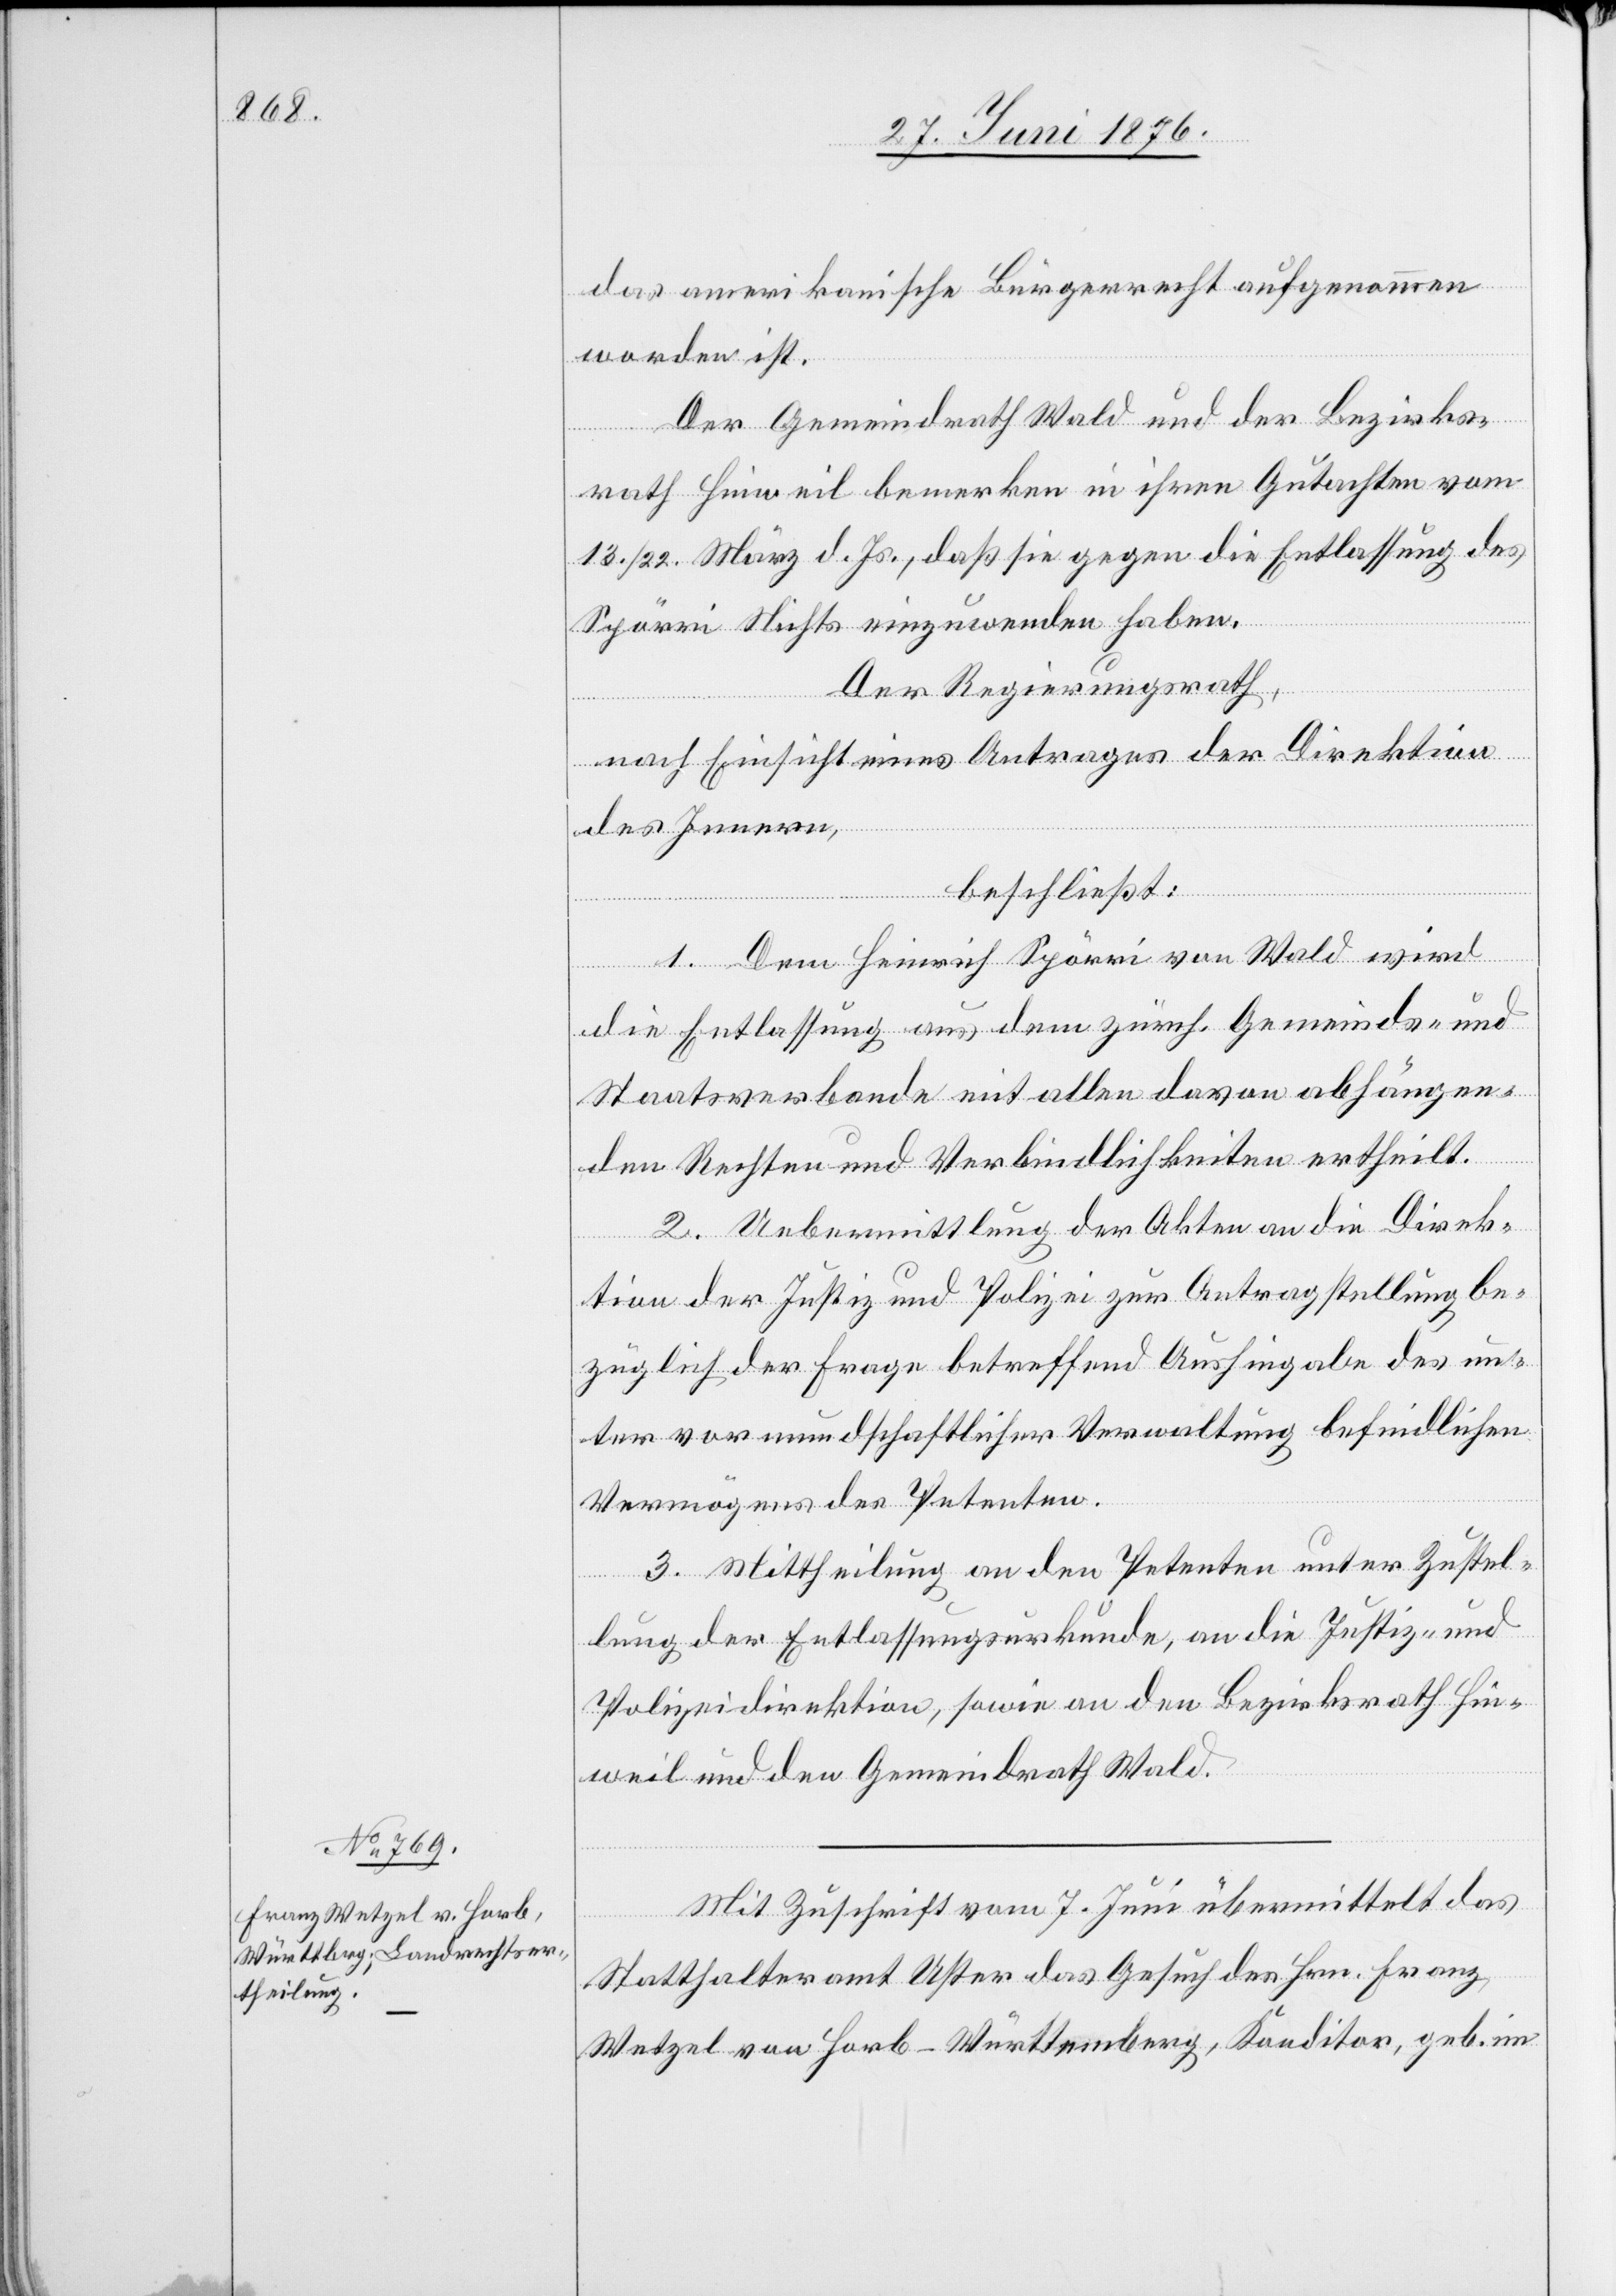
das amerikanische Bürgerrecht aufgenommen
worden ist.
Der Gemeindrath Wald und der Bezirks¬
rath Hinweil bemerken in ihren Gutachten vom
13./22. März d. Js., daß sie gegen die Entlassung des
Spörri Nichts einzuwenden haben.
Der Regierungsrath,
nach Einsicht eines Antrages der Direktion
des Innern,
beschließt:
1. Dem Heinrich Spörri von Wald wird
die Entlassung aus dem zürch. Gemeinds- und
Staatsverbande mit allen davon abhängen¬
den Rechten und Verbindlichkeiten ertheilt.
2. Uebermittlung der Akten an die Direk¬
tion der Justiz und Polizei zur Antragstellung be¬
züglich der Frage betreffend Aushingabe des un¬
ter vormundschaftlicher Verwaltung befindlichen
Vermögens des Petenten.
3. Mittheilung an den Petenten unter Zustel¬
lung der Entlassungsurkunde, an die Justiz- und
Polizeidirektion, sowie an den Bezirksrath Hin¬
weil und den Gemeindrath Wald.
Mit Zuschrift vom 7. Juni übermittelt das
Statthalteramt Uster das Gesuch des Hrn. Franz
Wetzel von Horb - Württemberg, Konditor, geb. im